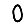
Digit: 0